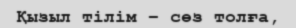
Қызыл тілім – сөз толға,